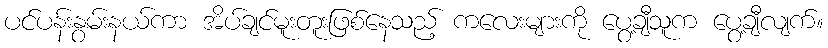
ပင်ပန်းနွမ်းနယ်ကာ အိပ်ချင်မူးတူးဖြစ်နေသည့် ကလေးများကို ပွေ့ချီသူက ပွေ့ချီလျက်။